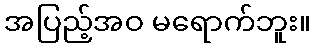
အပြည့်အဝ မရောက်ဘူး။